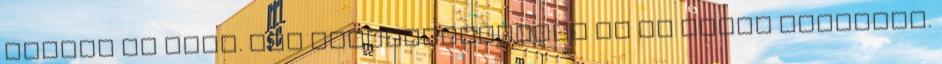
egykor és most. Egy járműszerelvény és öt kocsi ütközött.